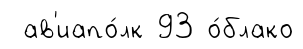
ав'иапо́лк 93 о́блако